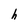
Character: h